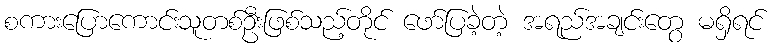
စကားပြောကောင်းသူတစ်ဦးဖြစ်သည့်တိုင် ဖော်ပြခဲ့တဲ့ အရည်အချင်းတွေ မရှိရင်